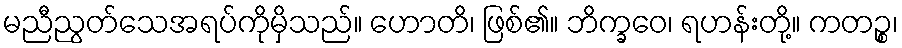
မညီညွတ်သေအရပ်ကိုမှိသည်။ ဟောတိ၊ ဖြစ်၏။ ဘိက္ခဝေ၊ ရဟန်းတို့။ ကတဉ္စ၊